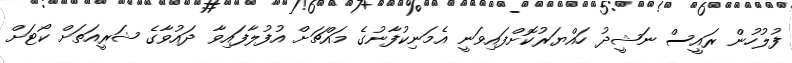
ފުލުހުން ރައީސް ނަޝީދު ހައްޔަރުކޮށްފައިވަނީ އެމަނިކުފާނުގެ މައްޗަށް އުފުލާފައިވާ ދައުވާގެ ޝަރީއަތަށް ކޯޓަށް